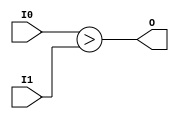
module coreir_sgt8_wrapped (
    input [7:0] I0,
    input [7:0] I1,
    output O
);
assign O = ($signed(I0)) > ($signed(I1));
endmodule